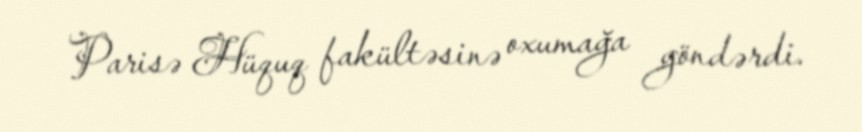
Parisə Hüquq fakültəsinə oxumağa göndərdi.